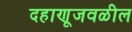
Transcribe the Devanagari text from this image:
दहाणूजवळील